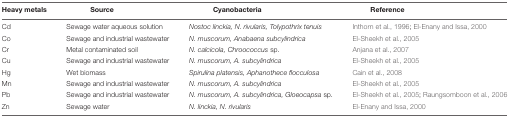
<table><thead><tr><td><b>Heavy metals</b></td><td><b>Source</b></td><td><b>Cyanobacteria</b></td><td><b>Reference</b></td></tr></thead><tbody><tr><td>Cd</td><td>Sewage water aqueous solution</td><td><i>Nostoc linckia, N. rivularis, Tolypothrix tenuis</i></td><td>Inthorn et al., 1996; El-Enany and Issa, 2000</td></tr><tr><td>Co</td><td>Sewage and industrial wastewater</td><td><i>N. muscorum, Anabaena subcylindrica</i></td><td>El-Sheekh et al., 2005</td></tr><tr><td>Cr</td><td>Metal contaminated soil</td><td><i>N. calcicola, Chroococcus</i> sp.</td><td>Anjana et al., 2007</td></tr><tr><td>Cu</td><td>Sewage and industrial wastewater</td><td><i>N. muscorum, A. subcylindrica</i></td><td>El-Sheekh et al., 2005</td></tr><tr><td>Hg</td><td>Wet biomass</td><td><i>Spirulina platensis, Aphanothece flocculosa</i></td><td>Cain et al., 2008</td></tr><tr><td>Mn</td><td>Sewage and industrial wastewater</td><td><i>N. muscorum, A. subcylindrica</i></td><td>El-Sheekh et al., 2005</td></tr><tr><td>Pb</td><td>Sewage and industrial wastewater</td><td><i>N. muscorum, A. subcylindrica, Gloeocapsa</i> sp.</td><td>El-Sheekh et al., 2005; Raungsomboon et al., 2006</td></tr><tr><td>Zn</td><td>Sewage water</td><td><i>N. linckia, N. rivularis</i></td><td>El-Enany and Issa, 2000</td></tr></tbody></table>